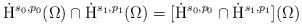
LaTeX: \begin{align*} \dot{\mathrm{H}}^{s_0,p_0}(\Omega)\cap \dot{\mathrm{H}}^{s_1,p_1}(\Omega) = [\dot{\mathrm{H}}^{s_0,p_0}\cap \dot{\mathrm{H}}^{s_1,p_1}](\Omega)\end{align*}